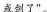
或剑了”。